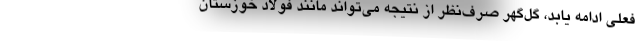
فعلی ادامه یابد، گل‌گهر صرف‌نظر از نتیجه می‌تواند مانند فولاد خوزستان